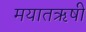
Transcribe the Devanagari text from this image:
मयातऋषी